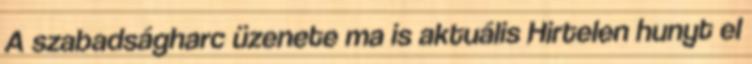
A szabadságharc üzenete ma is aktuális Hirtelen hunyt el